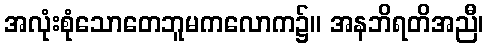
အလုံးစုံသောတေဘူမကလောက၌။ အနဘိရတိအညီ၊